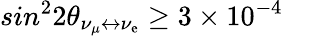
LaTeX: sin^{2}2\theta_{\nu_{\mu}\leftrightarrow\nu_{\mathrm{e}}}\geq3\times10^{-4}\quad